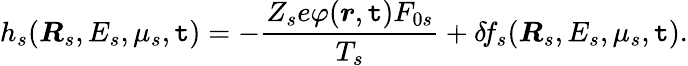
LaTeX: h_{s}(\boldsymbol{R}_{s},E_{s},\mu_{s},\mathtt{t})=-\frac{{Z_{s}e\varphi(\boldsymbol{r},\mathtt{t})F_{0s}}}{{T_{s}}}+\delta\! f_{s}(\boldsymbol{R}_{s},E_{s},\mu_{s},\mathtt{t}).